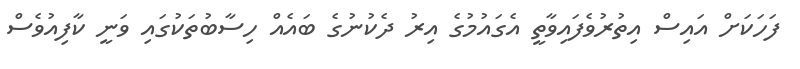
ފަހަކަށް އައިސް އިތުރުވެފައިވާތީ އެގައުމުގެ އިރު ދެކުނުގެ ބައެއް ހިސާބުތަކުގައި ވަނީ ކާފިއުވެސް